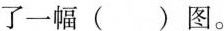
了一幅（）图。